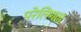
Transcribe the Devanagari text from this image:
परेलिगल